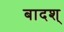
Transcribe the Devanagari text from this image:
बादश्